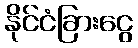
နိုင်ငံခြားငွေ